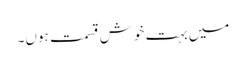
میں بہت خوش قسمت ہوں۔